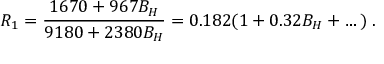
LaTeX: R _ { 1 } = { \frac { 1 6 7 0 + 9 6 7 B _ { H } } { 9 1 8 0 + 2 3 8 0 B _ { H } } } = 0 . 1 8 2 ( 1 + 0 . 3 2 B _ { H } + \dots ) \; .